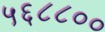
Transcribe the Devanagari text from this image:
५६८८००